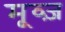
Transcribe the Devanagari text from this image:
मूव्ज़